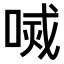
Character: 𠷧